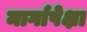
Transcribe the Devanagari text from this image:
मार्गापेक्षा